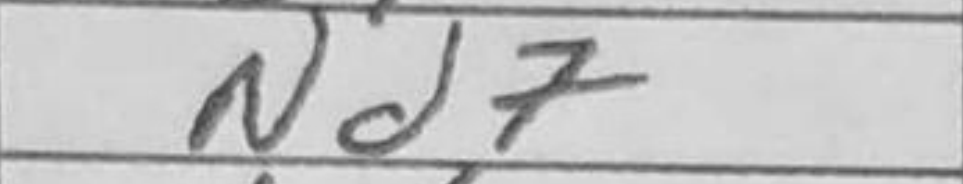
Transcription: Nd7